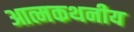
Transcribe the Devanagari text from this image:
आत्मकथनीय